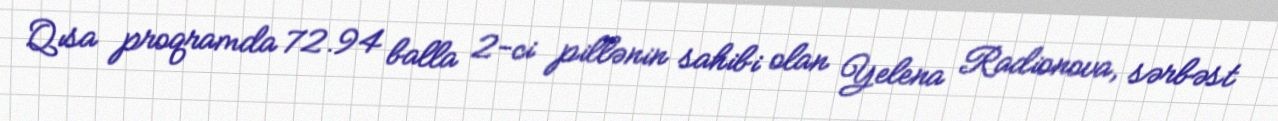
Qısa proqramda 72.94 balla 2-ci pillənin sahibi olan Yelena Radionova, sərbəst